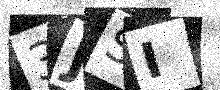
Text: 3JSI